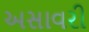
અસાવરી